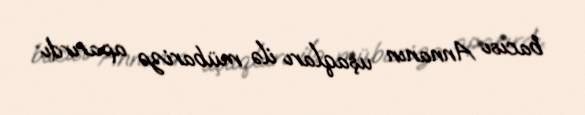
bacısı Annanın uşaqları ilə mübarizə aparırdı.